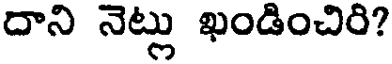
దాని నెట్లు ఖండించిరి?